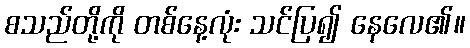
စသည်တို့ကို တစ်နေ့လုံး သင်ပြ၍ နေလေ၏။